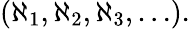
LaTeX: (\aleph_{1},\aleph_{2},\aleph_{3},\ldots).